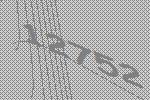
12752